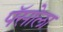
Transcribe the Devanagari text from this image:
पॅसोला